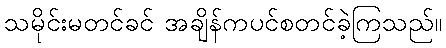
သမိုင်းမတင်ခင် အချိန်ကပင်စတင်ခဲ့ကြသည်။